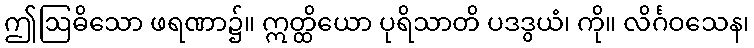
ဤဩဓိသော ဖရဏာ၌။ ဣတ္ထိယော ပုရိသာတိ ပဒဒွယံ၊ ကို။ လိင်္ဂဝသေန၊